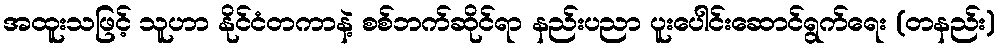
အထူးသဖြင့် သူဟာ နိုင်ငံတကာနဲ့ စစ်ဘက်ဆိုင်ရာ နည်းပညာ ပူးပေါင်းဆောင်ရွက်ရေး (တနည်း)